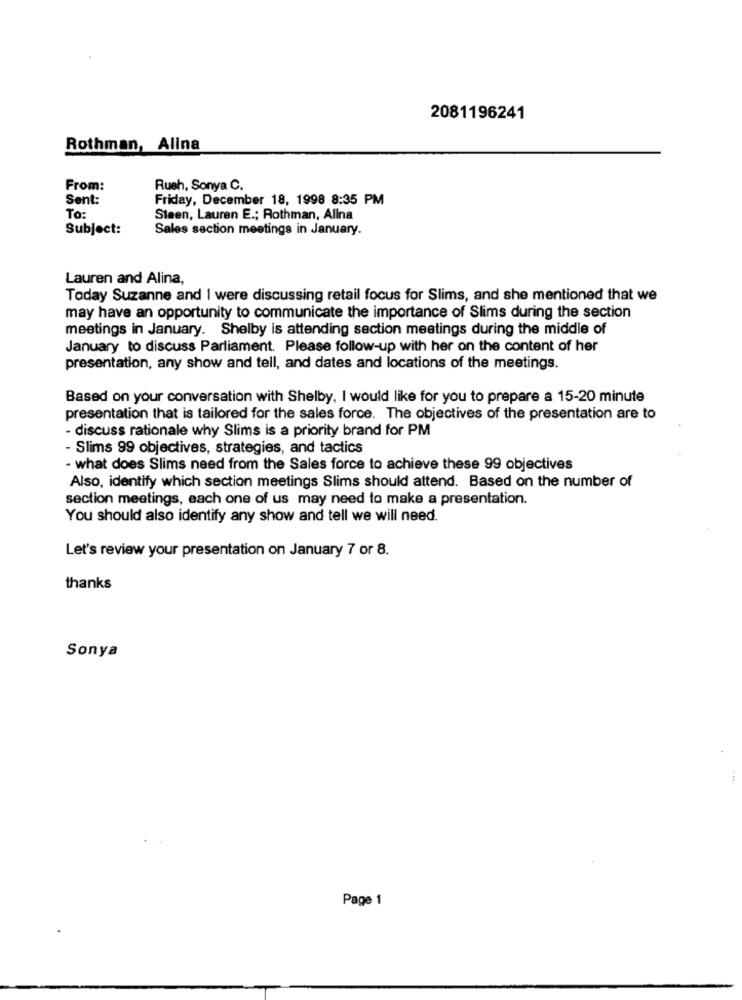
2081196241
Rothman, Alina
From:
Rush, Sonya C.
Sent:
Friday, December 18, 1998 8:35 PM
To:
Steen, Lauren E .; Rothman, Alina
Subject:
Sales section meetings in January.
Lauren and Alina,
Today Suzanne and I were discussing retail focus for Slims, and she mentioned that we
may have an opportunity to communicate the importance of Slims during the section
meetings in January. Shelby is attending section meetings during the middle of
January to discuss Parliament. Please follow-up with her on the content of her
presentation, any show and tell, and dates and locations of the meetings.
Based on your conversation with Shelby, I would like for you to prepare a 15-20 minute
presentation that is tailored for the sales force. The objectives of the presentation are to
- discuss rationale why Slims is a priority brand for PM
- Slims 99 objectives, strategies, and tactics
- what does Slims need from the Sales force to achieve these 99 objectives
Also, identify which section meetings Slims should attend. Based on the number of
section meetings, each one of us may need to make a presentation.
You should also identify any show and tell we will need.
Let's review your presentation on January 7 or 8.
thanks
Sonya
Page 1